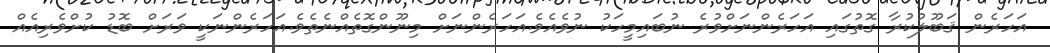
އަހަރެން ޤަބޫލުކުރާ ގޮތުގައި އަހަރެންނަށްވުރެ ނުބައިމީހަކު ނުވެއެވެ.އަހަރެންނަށް މިނޫންގޮތެއްނެތެވެ.އަހަރެންނަކީ ވަރަށް ބޮޑު ކުށްވެރިއެއް